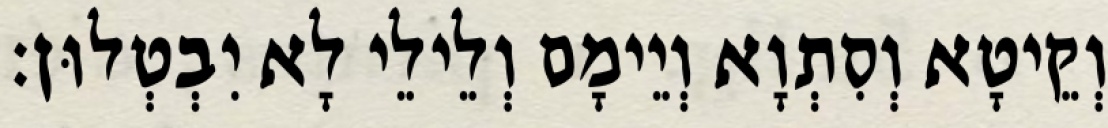
וְקֵיטָא וְסִתְוָא וְיֵימָם וְלֵילֵי לָא יִבְטְלוּן׃